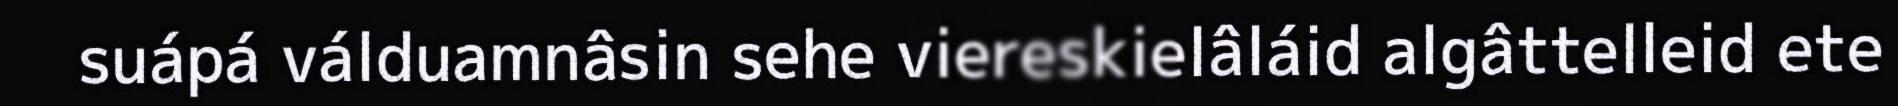
suápá válduamnâsin sehe viereskielâláid algâttelleid ete